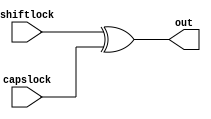
module lock(shiftlock, capslock, out);
input shiftlock;
input capslock;
output reg out;
always @ (*)
begin
	out = shiftlock ^ capslock;
end
endmodule